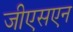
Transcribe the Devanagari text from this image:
जीएसएन